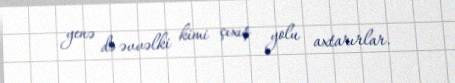
yenə də əvvəlki kimi çıxış yolu axtarırlar.